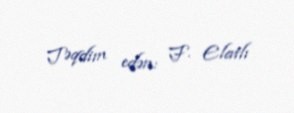
Təqdim edən: F. Elatlı